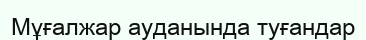
Мұғалжар ауданында туғандар